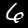
Label: 6